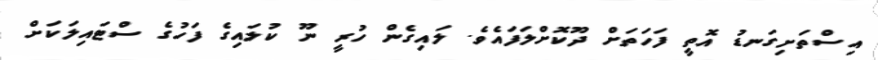
އިސްތަށިގަނޑު އޮތީ ފަހަތަށް ދޫކޮށްލަފައެވެ. ލައިގެން ހުރީ ނޫ ކުލައިގެ ފަހުގެ ސްޓައިލަކަށް